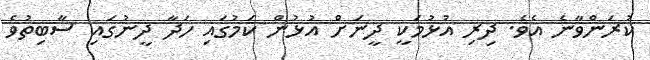
ކުރަންވާނެ އެވެ. ދިރި އުޅުމަކީ ދީނަށް އުޅުން ކަމުގައި ހަދާ ދީނުގައި ސާބިތުވެ